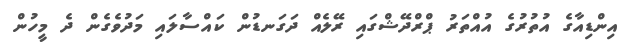
އިންޑިއާގެ އުތުރުގެ އުއްތަރު ޕްރްދޭޝްގައި ރޭލެއް ދަގަނޑުން ކައްސާލައި މަދުވެގެން ދެ މީހުން